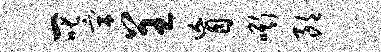
一叱宫呈盲嘶朗